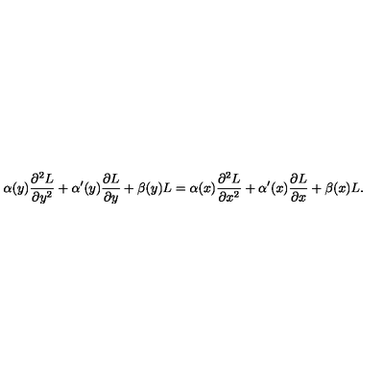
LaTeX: \alpha ( y ) { \frac { \partial ^ { 2 } L } { \partial y ^ { 2 } } } + \alpha ^ { \prime } ( y ) { \frac { \partial L } { \partial y } } + \beta ( y ) L = \alpha ( x ) { \frac { \partial ^ { 2 } L } { \partial x ^ { 2 } } } + \alpha ^ { \prime } ( x ) { \frac { \partial L } { \partial x } } + \beta ( x ) L .